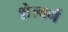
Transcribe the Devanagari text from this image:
शेल्बर्न